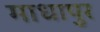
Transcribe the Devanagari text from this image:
माधापुर